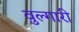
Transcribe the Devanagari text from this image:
वुल्गारी